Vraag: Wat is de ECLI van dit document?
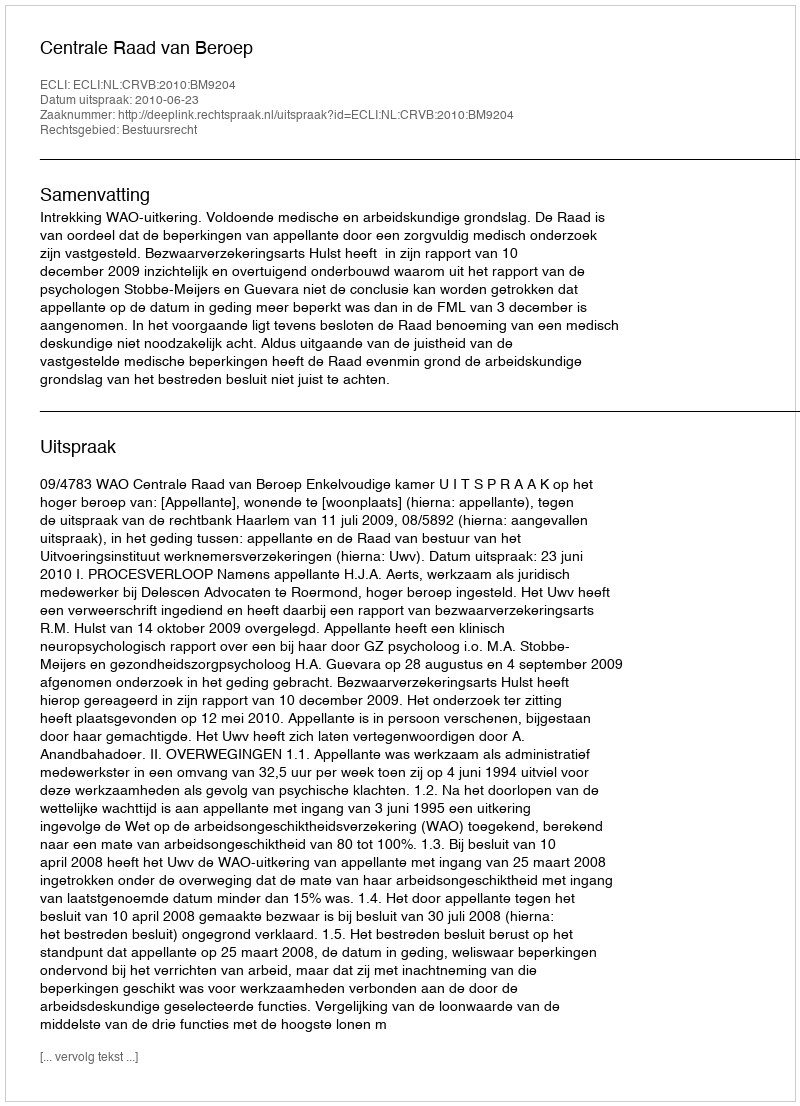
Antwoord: ECLI:NL:CRVB:2010:BM9204